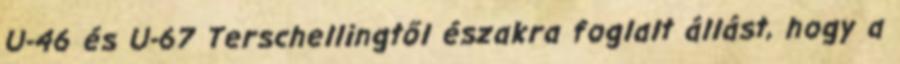
U-46 és U-67 Terschellingtől északra foglalt állást, hogy a